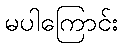
မပါကြောင်း